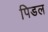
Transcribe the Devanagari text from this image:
पिडल